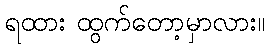
ရထား ထွက်တော့မှာလား။